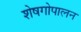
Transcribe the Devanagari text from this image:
शेषगोपालन